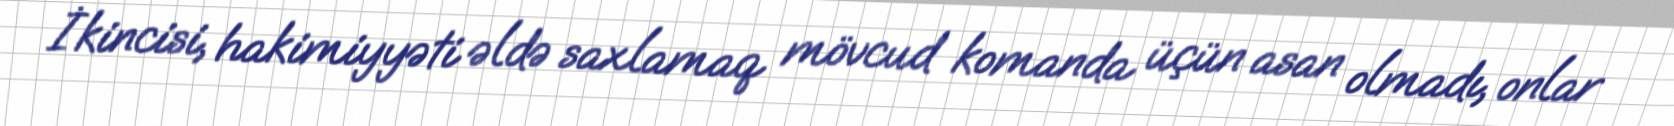
İkincisi, hakimiyyəti əldə saxlamaq mövcud komanda üçün asan olmadı, onlar